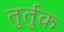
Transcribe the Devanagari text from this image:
तुर्तुक